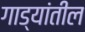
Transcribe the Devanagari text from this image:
गाड्यांतील